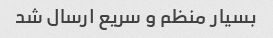
بسیار منظم و سریع ارسال شد